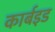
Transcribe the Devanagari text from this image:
कार्बइड